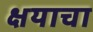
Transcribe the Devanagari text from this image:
क्षयाचा